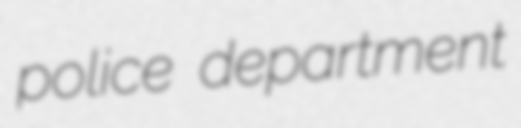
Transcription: police department